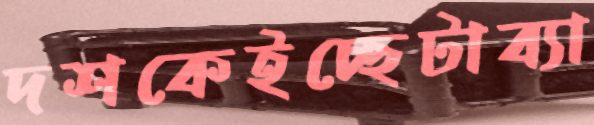
দশকেইচ্ছেটাব্যা